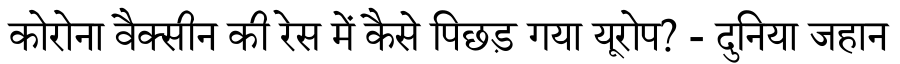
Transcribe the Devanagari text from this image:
कोरोना वैक्सीन की रेस में कैसे पिछड़ गया यूरोप? - दुनिया जहान